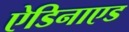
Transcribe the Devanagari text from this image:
ऐडिनाएड